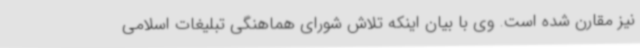
نیز مقارن شده است. وی با بیان اینکه تلاش شورای هماهنگی تبلیغات اسلامی